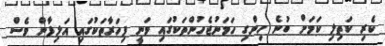
ކެރި ކަތިލި ކަމަށް ބުނެ ހިންގި ހަމަނުޖެހުންތަކުގައި ވަނީ ފިހަރާތަކުގައި އަލިފާން ވެސް